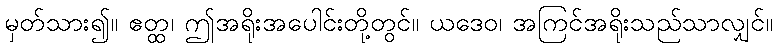
မှတ်သား၍။ ဧတ္ထ၊ ဤအရိုးအပေါင်းတို့တွင်။ ယဒေဝ၊ အကြင်အရိုးသည်သာလျှင်။